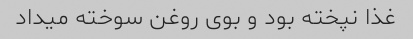
غذا نپخته بود و بوی روغن سوخته میداد